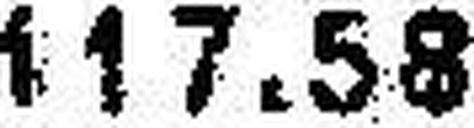
117.58